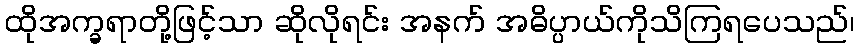
ထိုအက္ခရာတို့ဖြင့်သာ ဆိုလိုရင်း အနက် အဓိပ္ပာယ်ကိုသိကြရပေသည်၊